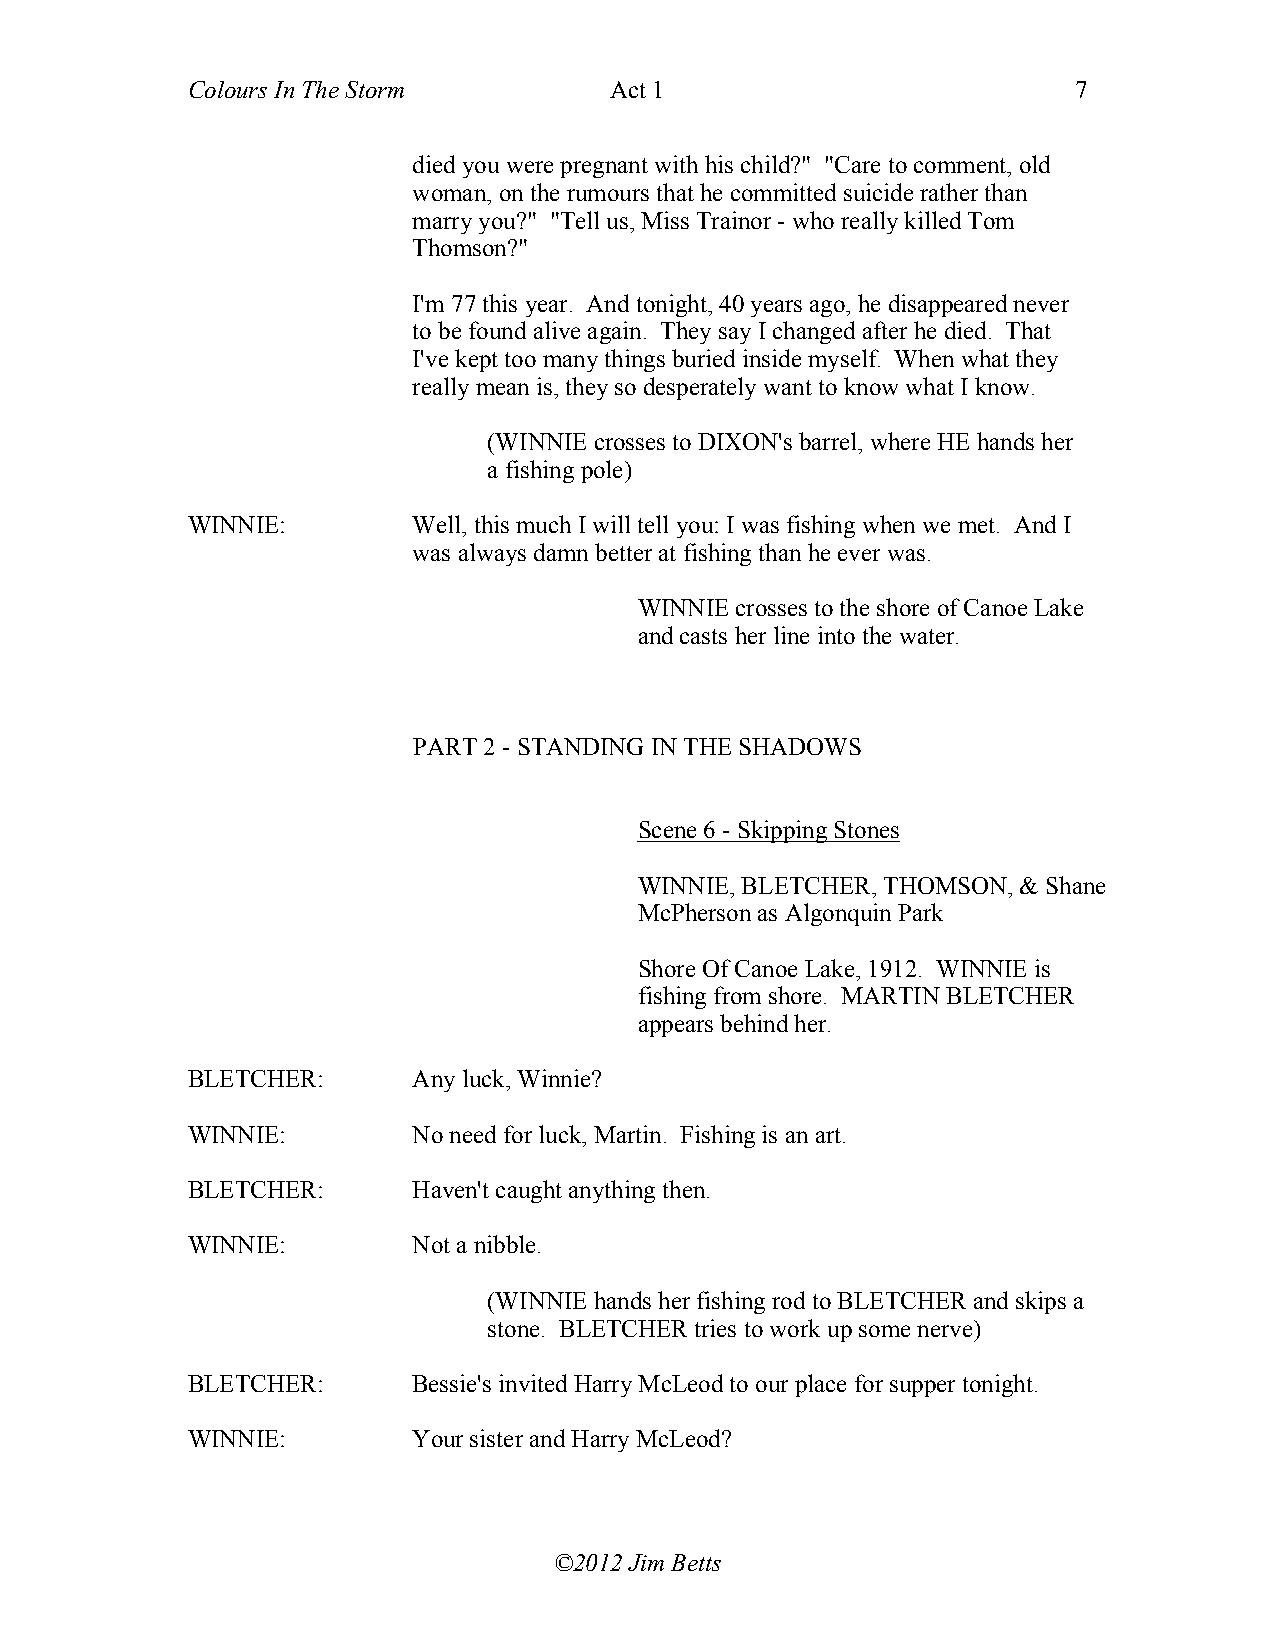
Colours In The Storm        Act 1                          7
 died you were pregnant with his child?" "Care to comment, old
 woman, on the rumours that he committed suicide rather than
 marry you?" "Tell us, Miss Trainor - who really killed Tom
 Thomson?"
 I'm 77 this year. And tonight, 40 years ago, he disappeared never
 to be found alive again. They say I changed after he died. That
 I've kept too many things buried inside myself. When what they
 really mean is, they so desperately want to know what I know.
 (WINNIE crosses to DIXON's barrel, where HE hands her
 a fishing pole)
 WINNIE:        Well, this much I will tell you: I was fishing when we met. And I
 was always damn better at fishing than he ever was.
 WINNIE crosses to the shore of Canoe Lake
 and casts her line into the water.
 PART 2 - STANDING IN THE SHADOWS
 Scene 6 - Skipping Stones
 WINNIE, BLETCHER, THOMSON, & Shane
 McPherson as Algonquin Park
 Shore Of Canoe Lake, 1912. WINNIE is
 fishing from shore. MARTIN BLETCHER
 appears behind her.
 BLETCHER:      Any luck, Winnie?
 WINNIE:        No need for luck, Martin. Fishing is an art.
 BLETCHER:      Haven't caught anything then.
 WINNIE:        Not a nibble.
 (WINNIE hands her fishing rod to BLETCHER and skips a
 stone. BLETCHER tries to work up some nerve)
 BLETCHER:      Bessie's invited Harry McLeod to our place for supper tonight.
 WINNIE:        Your sister and Harry McLeod?
 ©2012 Jim Betts